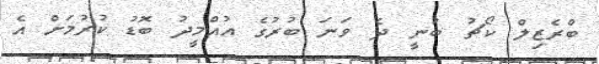
ބްރެޒިލް ކޯޗު ބުނީ ދެ ވަނަ ބުރުގެ އުއްމީދު ބޮޑު ކުރުމަށް އެ